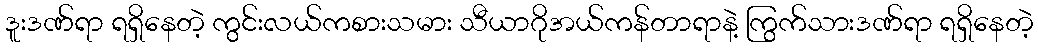
ဒူးဒဏ်ရာ ရရှိနေတဲ့ ကွင်းလယ်ကစားသမား သီယာဂိုအယ်ကန်တာရာနဲ့ ကြွက်သားဒဏ်ရာ ရရှိနေတဲ့